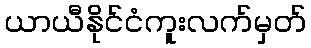
ယာယီနိုင်ငံကူးလက်မှတ်